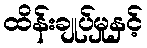
ထိန်းချုပ်မှုနှင့်